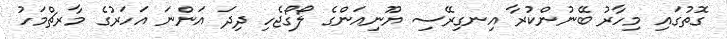
ގޮތުގައި މިހާރު ބޭނުންކުރާ އިނގިރޭސި ޔޫނިއަންގެ ލޯގޯޖެހި ދިދަ އަންނަ އަހަރުގެ މާރޗްމަހު